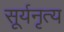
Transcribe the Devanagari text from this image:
सूर्यनृत्य